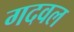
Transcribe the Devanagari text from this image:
गदवल